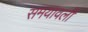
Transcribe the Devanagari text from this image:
समयावली